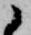
候